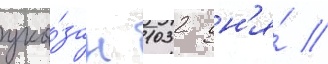
ука́зан 1032 дн'я́ //